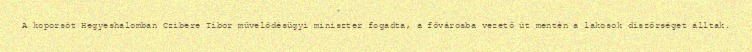
A koporsót Hegyeshalomban Czibere Tibor művelődésügyi miniszter fogadta, a fővárosba vezető út mentén a lakosok díszőrséget álltak.